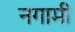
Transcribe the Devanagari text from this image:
नगामी